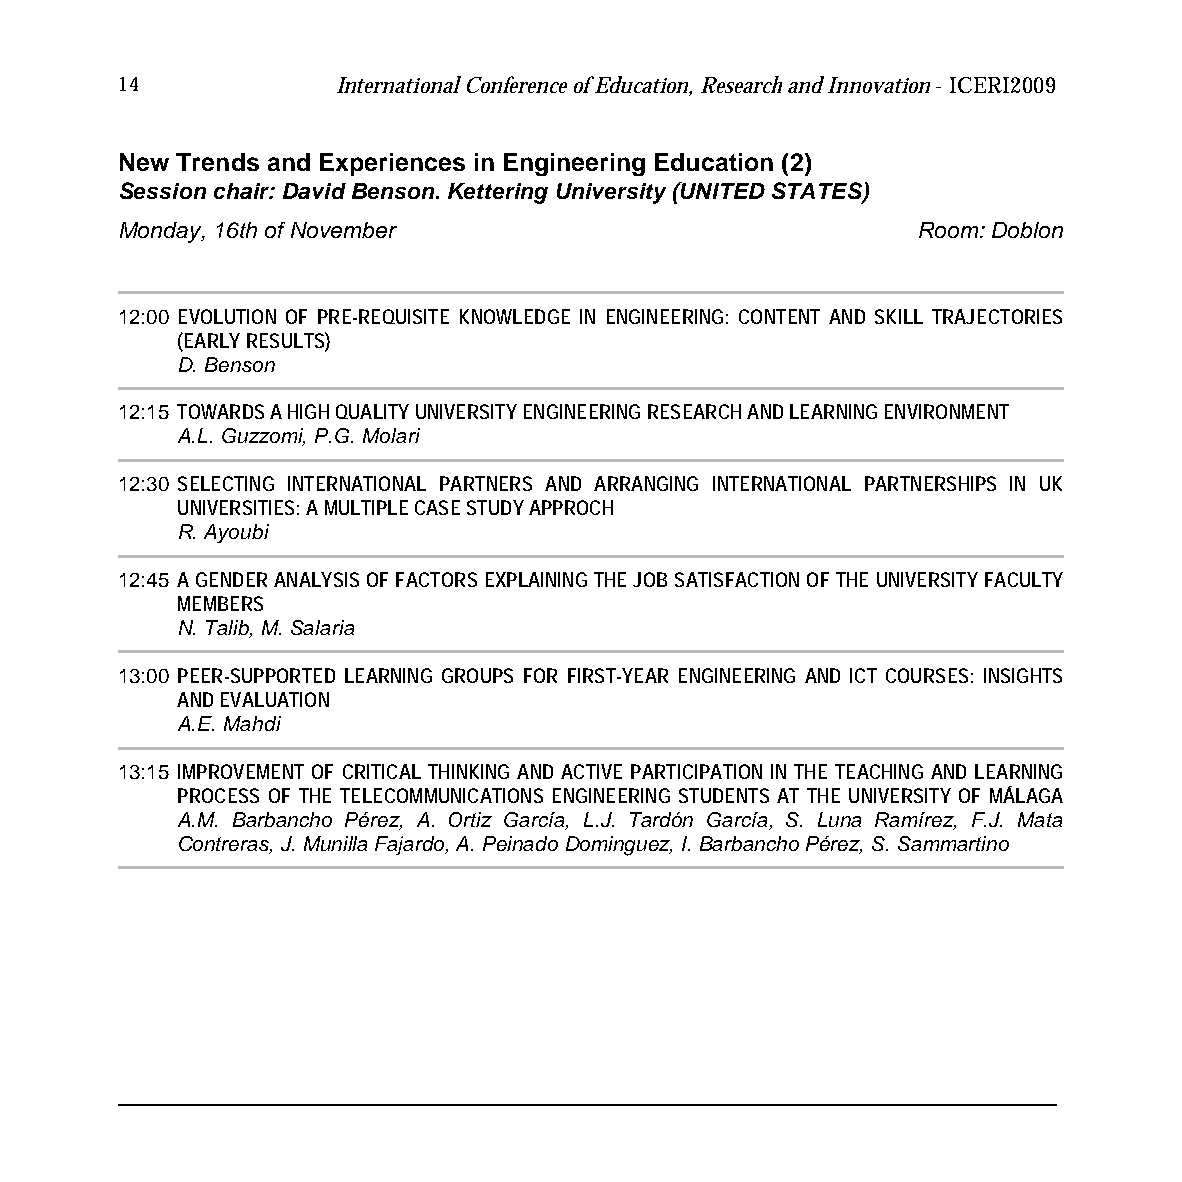
14            International Conference of Education, Research and Innovation - ICERI2009
 New Trends and Experiences in Engineering Education (2)
 Session chair: David Benson. Kettering University (UNITED STATES)
 Monday, 16th of November                             Room: Doblon
 12:00 EVOLUTION OF PRE-REQUISITE KNOWLEDGE IN ENGINEERING: CONTENT AND SKILL TRAJECTORIES
 (EARLY RESULTS)
 D. Benson
 12:15 TOWARDS A HIGH QUALITY UNIVERSITY ENGINEERING RESEARCH AND LEARNING ENVIRONMENT
 A.L. Guzzomi, P.G. Molari
 12:30 SELECTING INTERNATIONAL PARTNERS AND ARRANGING INTERNATIONAL PARTNERSHIPS IN UK
 UNIVERSITIES: A MULTIPLE CASE STUDY APPROCH
 R. Ayoubi
 12:45 A GENDER ANALYSIS OF FACTORS EXPLAINING THE JOB SATISFACTION OF THE UNIVERSITY FACULTY
 MEMBERS
 N. Talib, M. Salaria
 13:00 PEER-SUPPORTED LEARNING GROUPS FOR FIRST-YEAR ENGINEERING AND ICT COURSES: INSIGHTS
 AND EVALUATION
 A.E. Mahdi
 13:15 IMPROVEMENT OF CRITICAL THINKING AND ACTIVE PARTICIPATION IN THE TEACHING AND LEARNING
 PROCESS OF THE TELECOMMUNICATIONS ENGINEERING STUDENTS AT THE UNIVERSITY OF MÁLAGA
 A.M. Barbancho Pérez, A. Ortiz García, L.J. Tardón García, S. Luna Ramírez, F.J. Mata
 Contreras, J. Munilla Fajardo, A. Peinado Dominguez, I. Barbancho Pérez, S. Sammartino